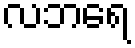
လဘရေ